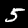
Digit: 5